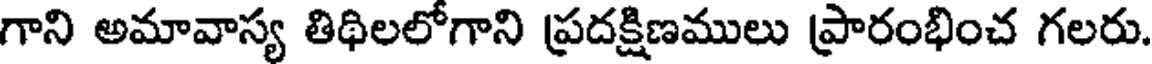
గాని అమావాస్య తిథిలలోగాని ప్రదక్షిణములు ప్రారంభించ గలరు.